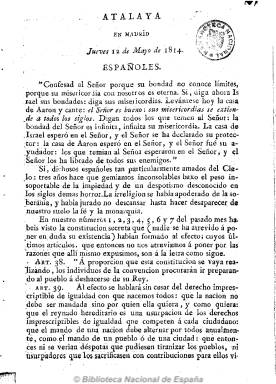
Título: Atalaya de La Mancha en Madrid (Reimp. en Sevilla)
Otros títulos: Atalaya en Madrid
Colección: Periódicos anteriores a 1850
Ámbito geográfico: Sevilla
Lugar de publicación: Sevilla
Fechas: 12/05/1814-01/06/1814

Reimpresión en Sevilla de algunos números del periódico antirreformista y defensor de Fernando VII que se editaba en Madrid con el mismo título. De periodicidad semanal, comenzó el 12 de mayo de 1814 y cesó en julio del mismo año. En los números de la Atalaya se encuentran multitud de ataques a los liberales, escritos con la vehemencia característica de los partidos políticos de esa época.